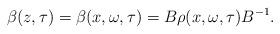
LaTeX: \begin{align*}\beta(z,\tau) = \beta(x,\omega,\tau) = B \rho(x,\omega,\tau)B^{-1}.\end{align*}